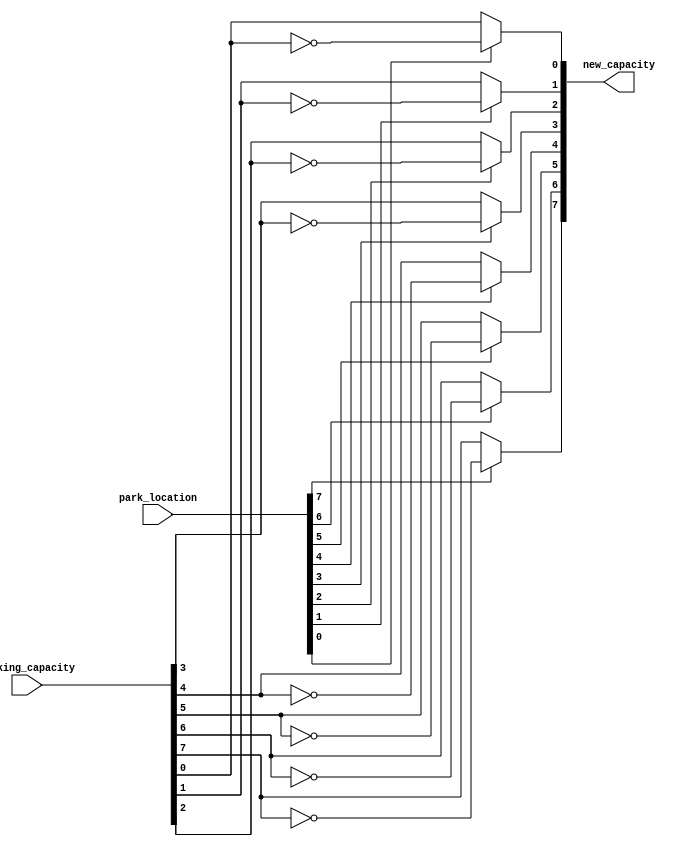
/*--  *******************************************************
--  Computer Architecture Course, Laboratory Sources 
--  Amirkabir University of Technology (Tehran Polytechnic)
--  Department of Computer Engineering (CE-AUT)
--  https://ce[dot]aut[dot]ac[dot]ir
--  *******************************************************
--  All Rights reserved (C) 2021-2022
--  *******************************************************
--  Student ID  : 9931078 9931072
--  Student Name: Kimia Montazeri & Sina Shariati
--  Student Mail: kimia.mtz@gmail.com sina.shariati@aut.ac.ir
--  *******************************************************
--  Additional Comments:
--
--*/

/*-----------------------------------------------------------
---  Module Name: calculate_new_capacity
-----------------------------------------------------------*/
`timescale 1 ns/1 ns
module calculate_new_capacity(park_location, parking_capacity, new_capacity);
    input  [7:0] park_location;
    input  [7:0] parking_capacity;
    output reg [7:0] new_capacity;
    integer i;

    always @ (park_location) begin
        new_capacity = parking_capacity;
        for (i = 0; i < 8; i = i + 1) begin
            if (park_location[i] == 1) begin
                new_capacity[i] = ~parking_capacity[i];
            end else begin
                new_capacity[i] = parking_capacity[i];
            end
        end
    end
    
endmodule